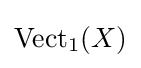
{\text{Vect}}_{1}(X)